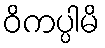
ဝိကပ္ပါမိ